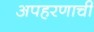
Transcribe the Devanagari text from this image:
अपहरणाची